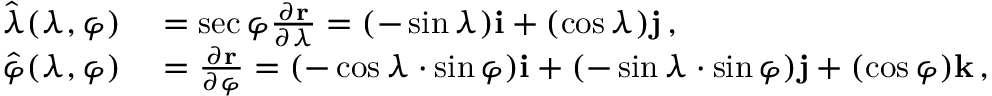
\begin{array} { r l } { { \boldsymbol { \hat { \lambda } } } ( \lambda , \varphi ) } & { { } = \sec { \varphi } { \frac { \partial \mathbf { r } } { \partial \lambda } } = ( - \sin { \lambda } ) \mathbf { i } + ( \cos { \lambda } ) \mathbf { j } \, , } \\ { { \boldsymbol { \hat { \varphi } } } ( \lambda , \varphi ) } & { { } = { \frac { \partial \mathbf { r } } { \partial \varphi } } = ( - \cos { \lambda } \cdot \sin { \varphi } ) \mathbf { i } + ( - \sin { \lambda } \cdot \sin { \varphi } ) \mathbf { j } + ( \cos { \varphi } ) \mathbf { k } \, , } \end{array}